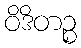
ဝိဒိတဉ္စ